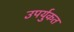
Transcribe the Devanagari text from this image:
उपर्युकत